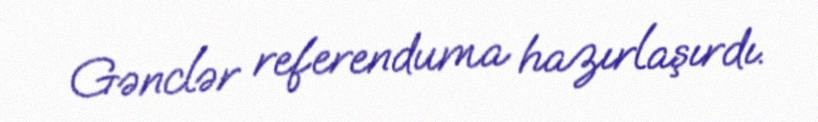
Gənclər referenduma hazırlaşırdı.